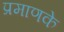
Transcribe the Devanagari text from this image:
प्रमाणके